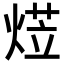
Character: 𭵋